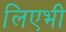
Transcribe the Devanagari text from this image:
लिएभी